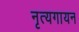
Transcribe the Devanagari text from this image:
नृत्यगायन